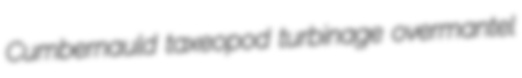
Cumbernauld taxeopod turbinage overmantel